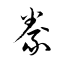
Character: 豢